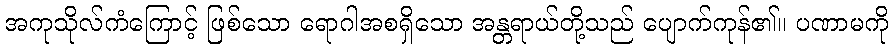
အကုသိုလ်ကံကြောင့် ဖြစ်သော ရောဂါအစရှိသော အန္တရာယ်တို့သည် ပျောက်ကုန်၏။ ပဏာမကို